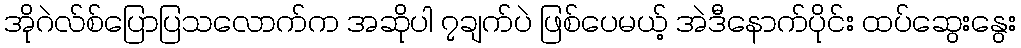
အိုဂဲလ်စ်ပြောပြသလောက်က အဆိုပါ ၇ချက်ပဲ ဖြစ်ပေမယ့် အဲဒီနောက်ပိုင်း ထပ်ဆွေးနွေး